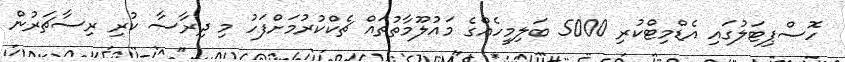
ހޮސްޕިޓަލުގައި އެޑްމިޓްކުރި 5000 ބަލިމީހެއްގެ މައުލޫމާތުތައް ޗެކްކުރުމަށްފަހު މި ދިރާސާ ކުރި ރިސާޗަރުން